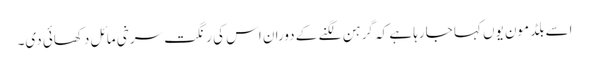
اسے بلڈ مون یوں کہا جارہا ہے کہ گرہن لگنے کے دوران اس کی رنگت سرخی مائل دکھائی دی۔